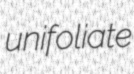
unifoliate